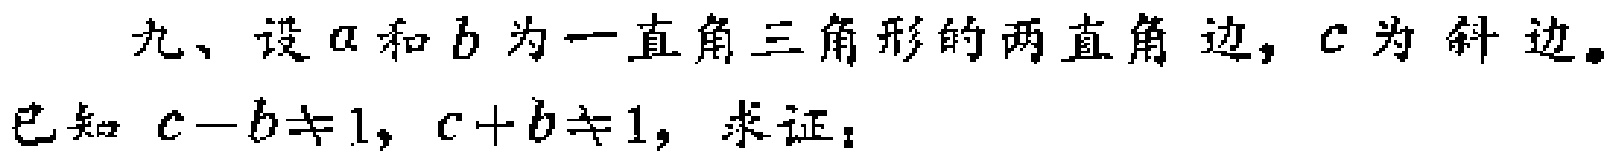
九、设\(a\)和\(b\)为一直角三角形的两直角边，\(c\)为斜边。已知 \(c - b\neq1\)，\(c + b\neq1\)，求证：